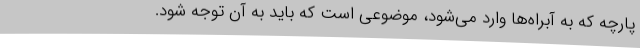
پارچه که به آبراه‌ها وارد می‌شود، موضوعی است که باید به آن توجه شود.